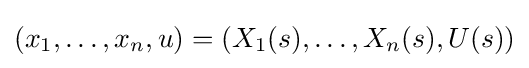
(x_{1},\dots ,x_{n},u)=(X_{1}(s),\dots ,X_{n}(s),U(s))